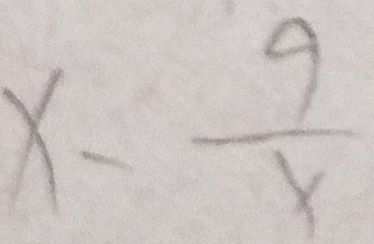
x - \frac { 9 } { x }